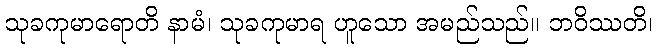
သုခကုမာရောတိ နာမံ၊ သုခကုမာရ ဟူသော အမည်သည်။ ဘဝိဿတိ၊